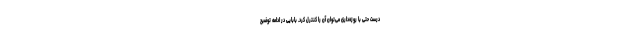
درست حتی با روزه‌داری می‌توان آن را کنترل کرد. بابایی در ادامه توضیح